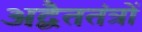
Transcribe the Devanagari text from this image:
अद्वैततंत्रों